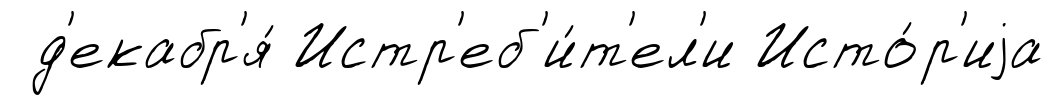
д'екабр'я́ Истр'еб'и́т'ел'и Исто́р'иjа